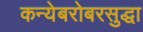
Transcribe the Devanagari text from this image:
कन्येबरोबरसुद्धा